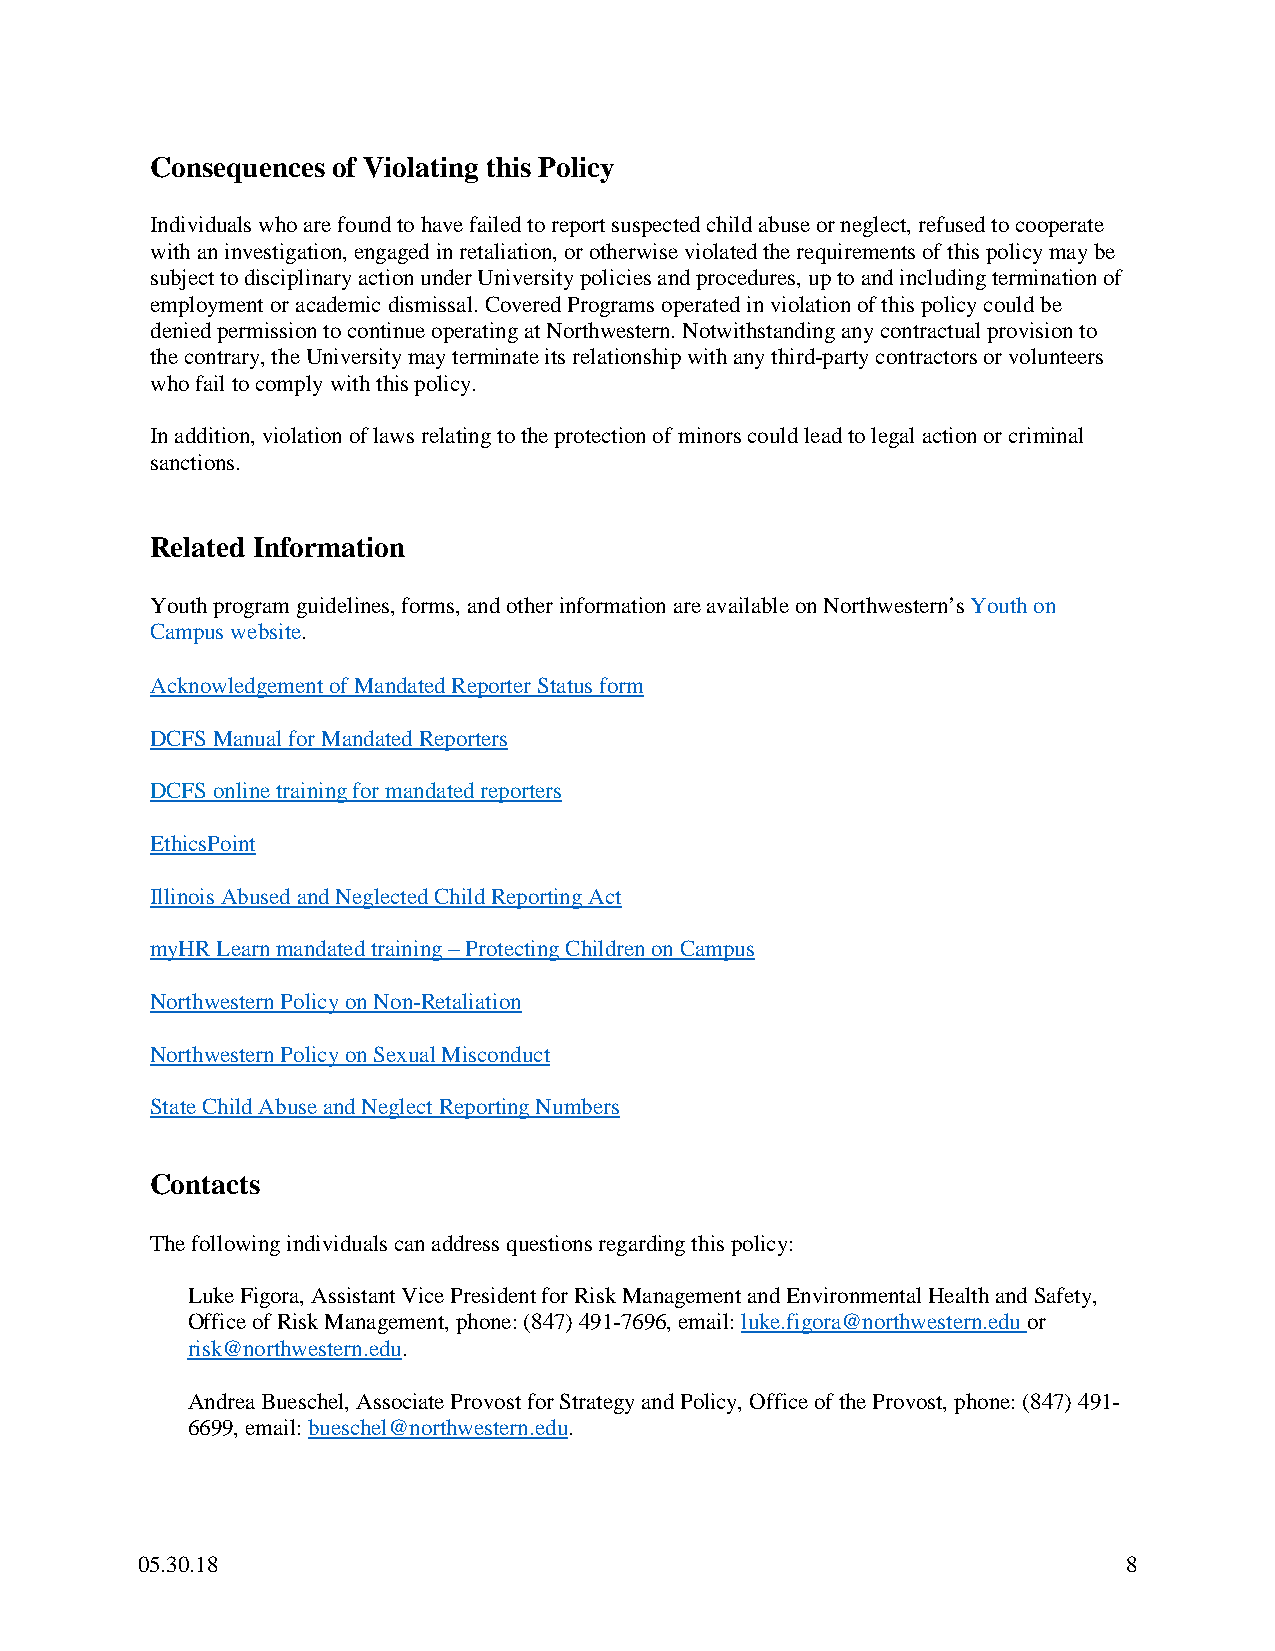
Consequences of Violating this Policy
 Individuals who are found to have failed to report suspected child abuse or neglect, refused to cooperate
 with an investigation, engaged in retaliation, or otherwise violated the requirements of this policy may be
 subject to disciplinary action under University policies and procedures, up to and including termination of
 employment or academic dismissal. Covered Programs operated in violation of this policy could be
 denied permission to continue operating at Northwestern. Notwithstanding any contractual provision to
 the contrary, the University may terminate its relationship with any third-party contractors or volunteers
 who fail to comply with this policy.
 In addition, violation of laws relating to the protection of minors could lead to legal action or criminal
 sanctions.
 Related Information
 Youth program guidelines, forms, and other information are available on Northwestern’s Youth on
 Campus website.
 Acknowledgement of Mandated Reporter Status form
 DCFS Manual for Mandated Reporters
 DCFS online training for mandated reporters
 EthicsPoint
 Illinois Abused and Neglected Child Reporting Act
 myHR Learn mandated training – Protecting Children on Campus
 Northwestern Policy on Non-Retaliation
 Northwestern Policy on Sexual Misconduct
 State Child Abuse and Neglect Reporting Numbers
 Contacts
 The following individuals can address questions regarding this policy:
 Luke Figora, Assistant Vice President for Risk Management and Environmental Health and Safety,
 Office of Risk Management, phone: (847) 491-7696, email: luke.figora@northwestern.edu or
 risk@northwestern.edu.
 Andrea Bueschel, Associate Provost for Strategy and Policy, Office of the Provost, phone: (847) 491-
 6699, email: bueschel@northwestern.edu.
 05.30.18                                                          8